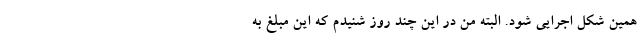
همین شکل اجرایی شود. البته من در این چند روز شنیدم که این مبلغ به